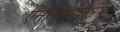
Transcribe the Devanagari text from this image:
ऐनोमैलोकेरिस